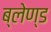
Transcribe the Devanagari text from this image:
ब्लेण्ड